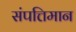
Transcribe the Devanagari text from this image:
संपत्तिमान